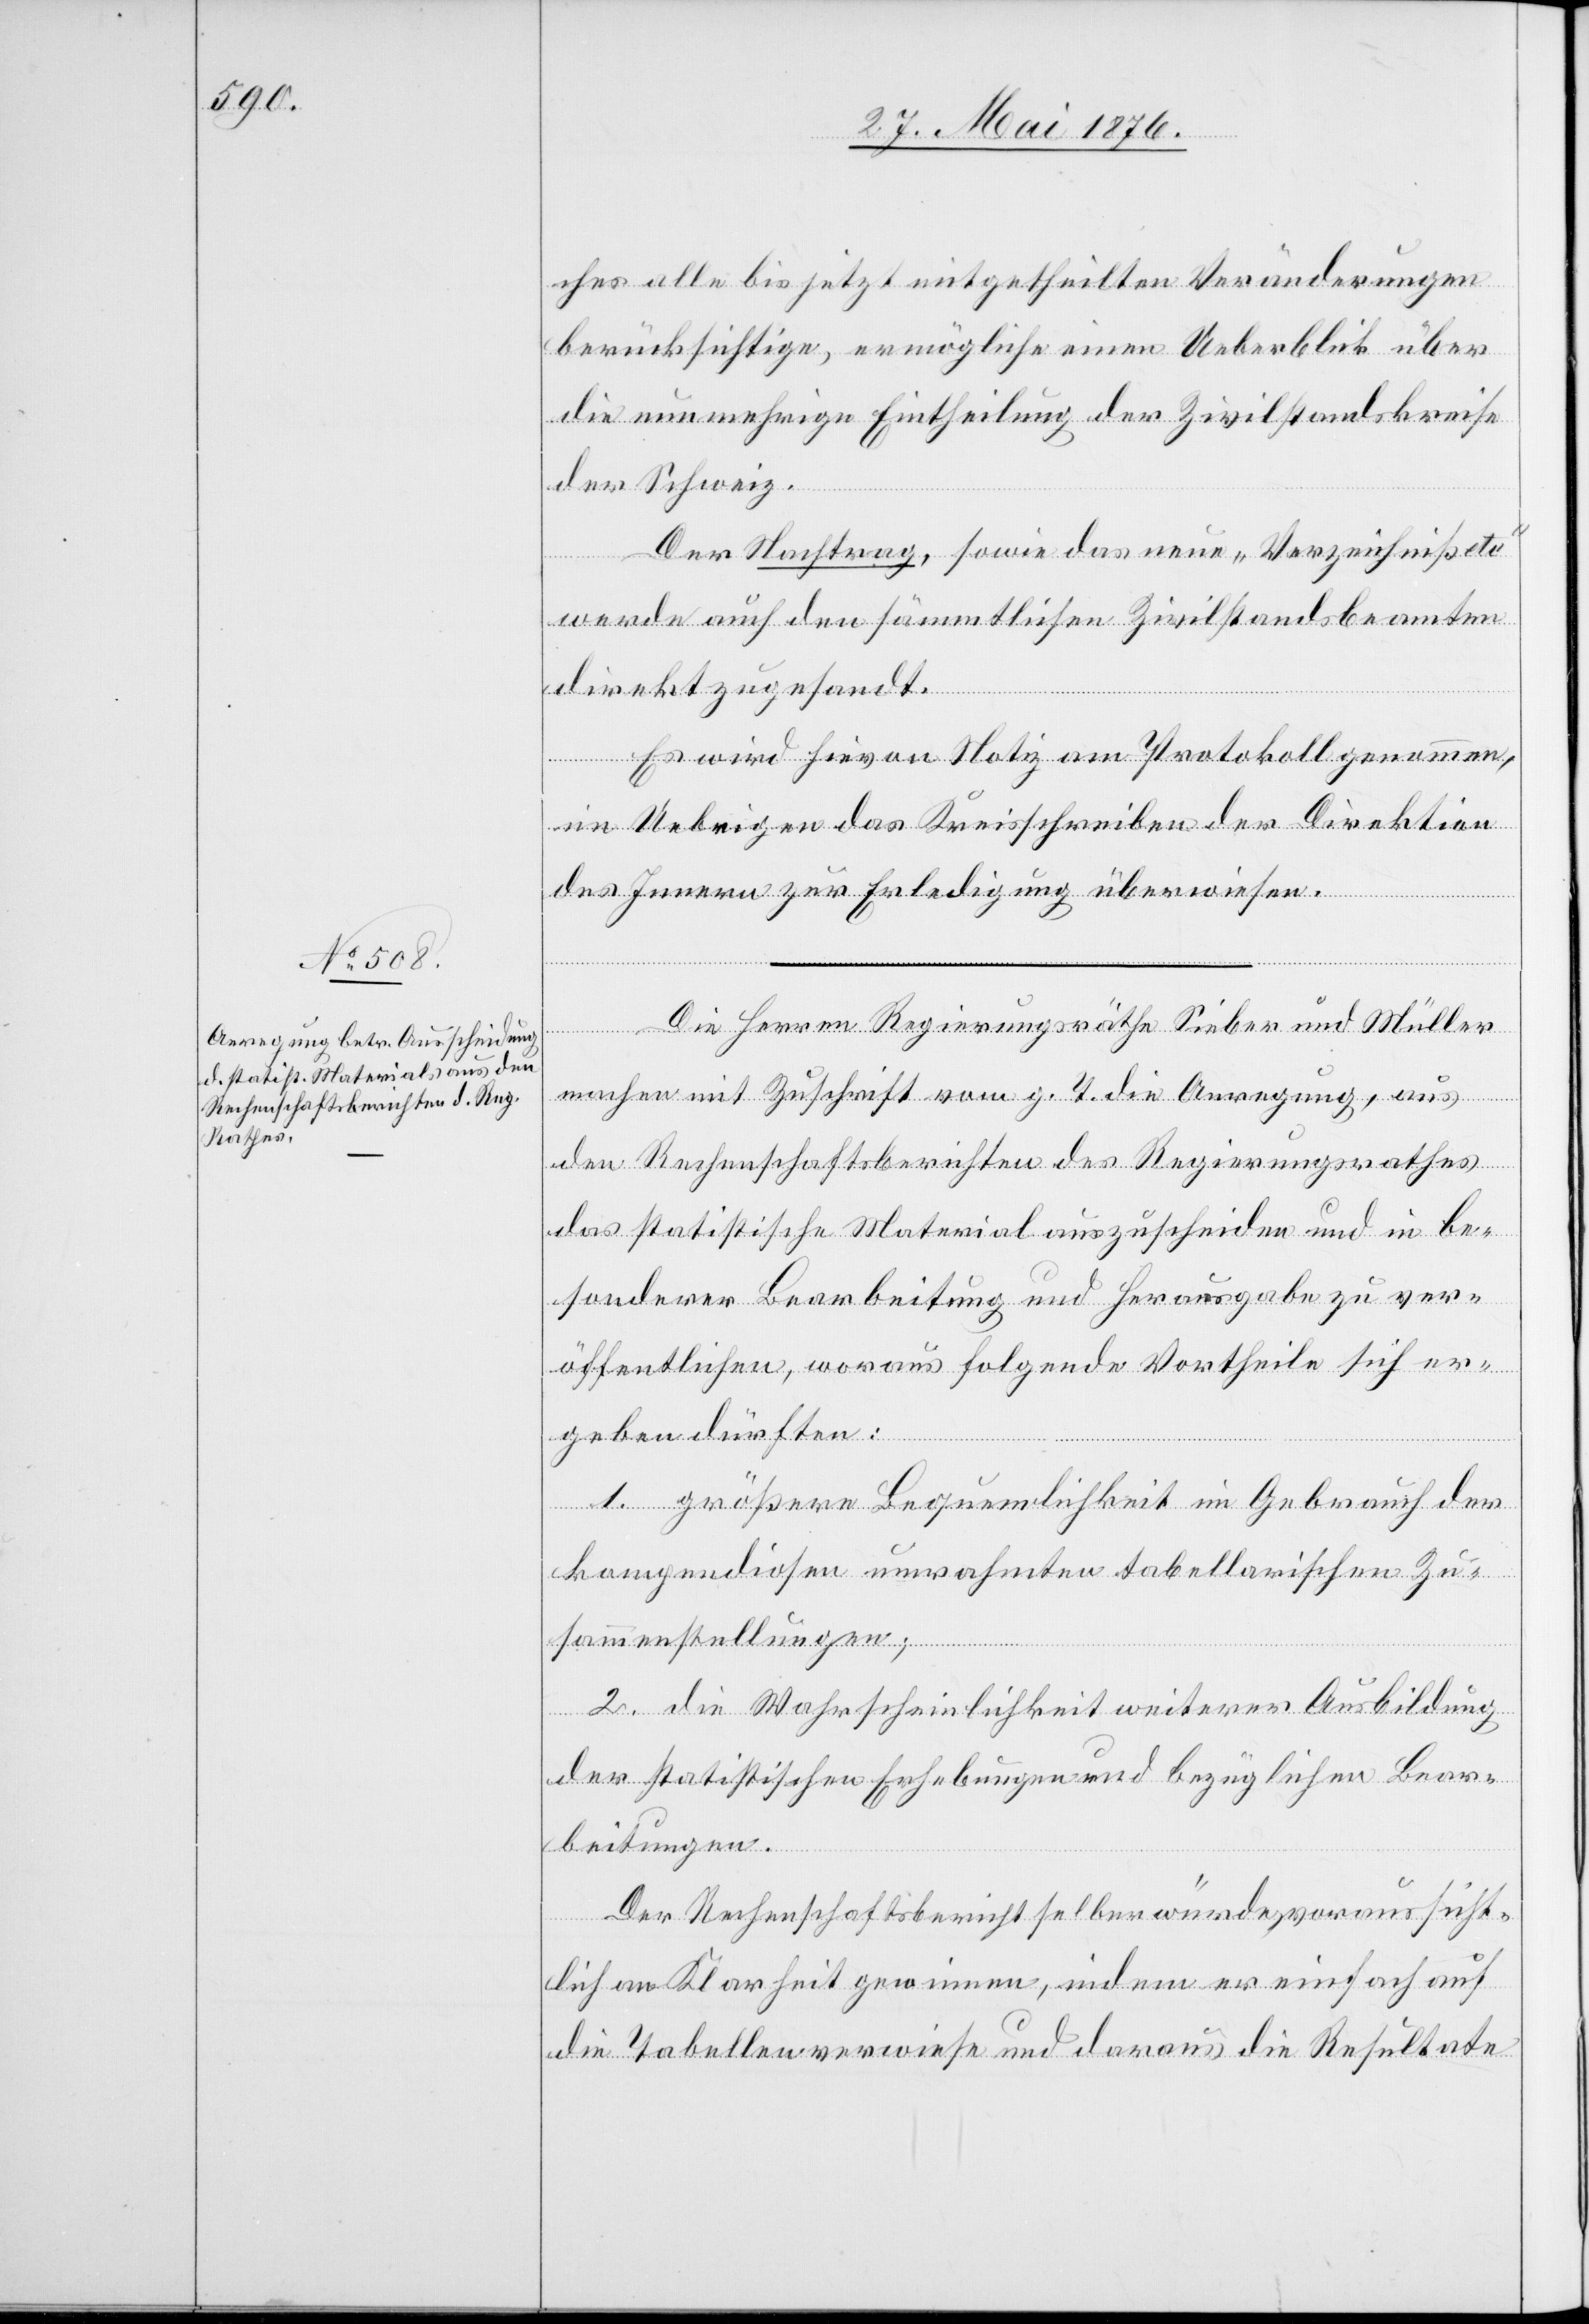
ches alle bis jetzt eingetheilten Veränderungen
berücksichtige, ermögliche einen Ueberblick über
die nunmehrige Eintheilung der Zivilstandskreise
der Schweiz.
Der Nachtrag, sowie das neue „Verzeichniß etc“
werde auch den sämmtlichen Zivilstandsbeamten
direkt zugesandt.
Es wird hievon Notiz am Protokoll genommen,
im Uebrigen das Kreisschreiben der Direktion
des Innern zur Erledigung überwiesen.
Die Herren Regierungsräthe Sieber und Müller
machen mit Zuschrift vom g. T. die Anregung, aus
den Rechenschaftsberichten des Regierungsrathes
das statistische Material auszuscheiden und in be¬
sonderer Bearbeitung und Herausgabe zu ver¬
öffentlichen, woraus folgende Vortheile sich er¬
geben dürften:
1. größere Bequemlichkeit im Gebrauch der
kompendiosen umrahmten tabellarischen Zu¬
sammenstellungen;
2. die Wahrscheinlichkeit weiterer Ausbildung
der statistischen Erhebungen und bezüglichen Bear¬
beitungen.
Der Rechenschaftsbericht selber würde, voraussicht¬
lich an Klarheit gewinnen, indem er einfach auf
die Tabellen verwiese und daraus die Resultate